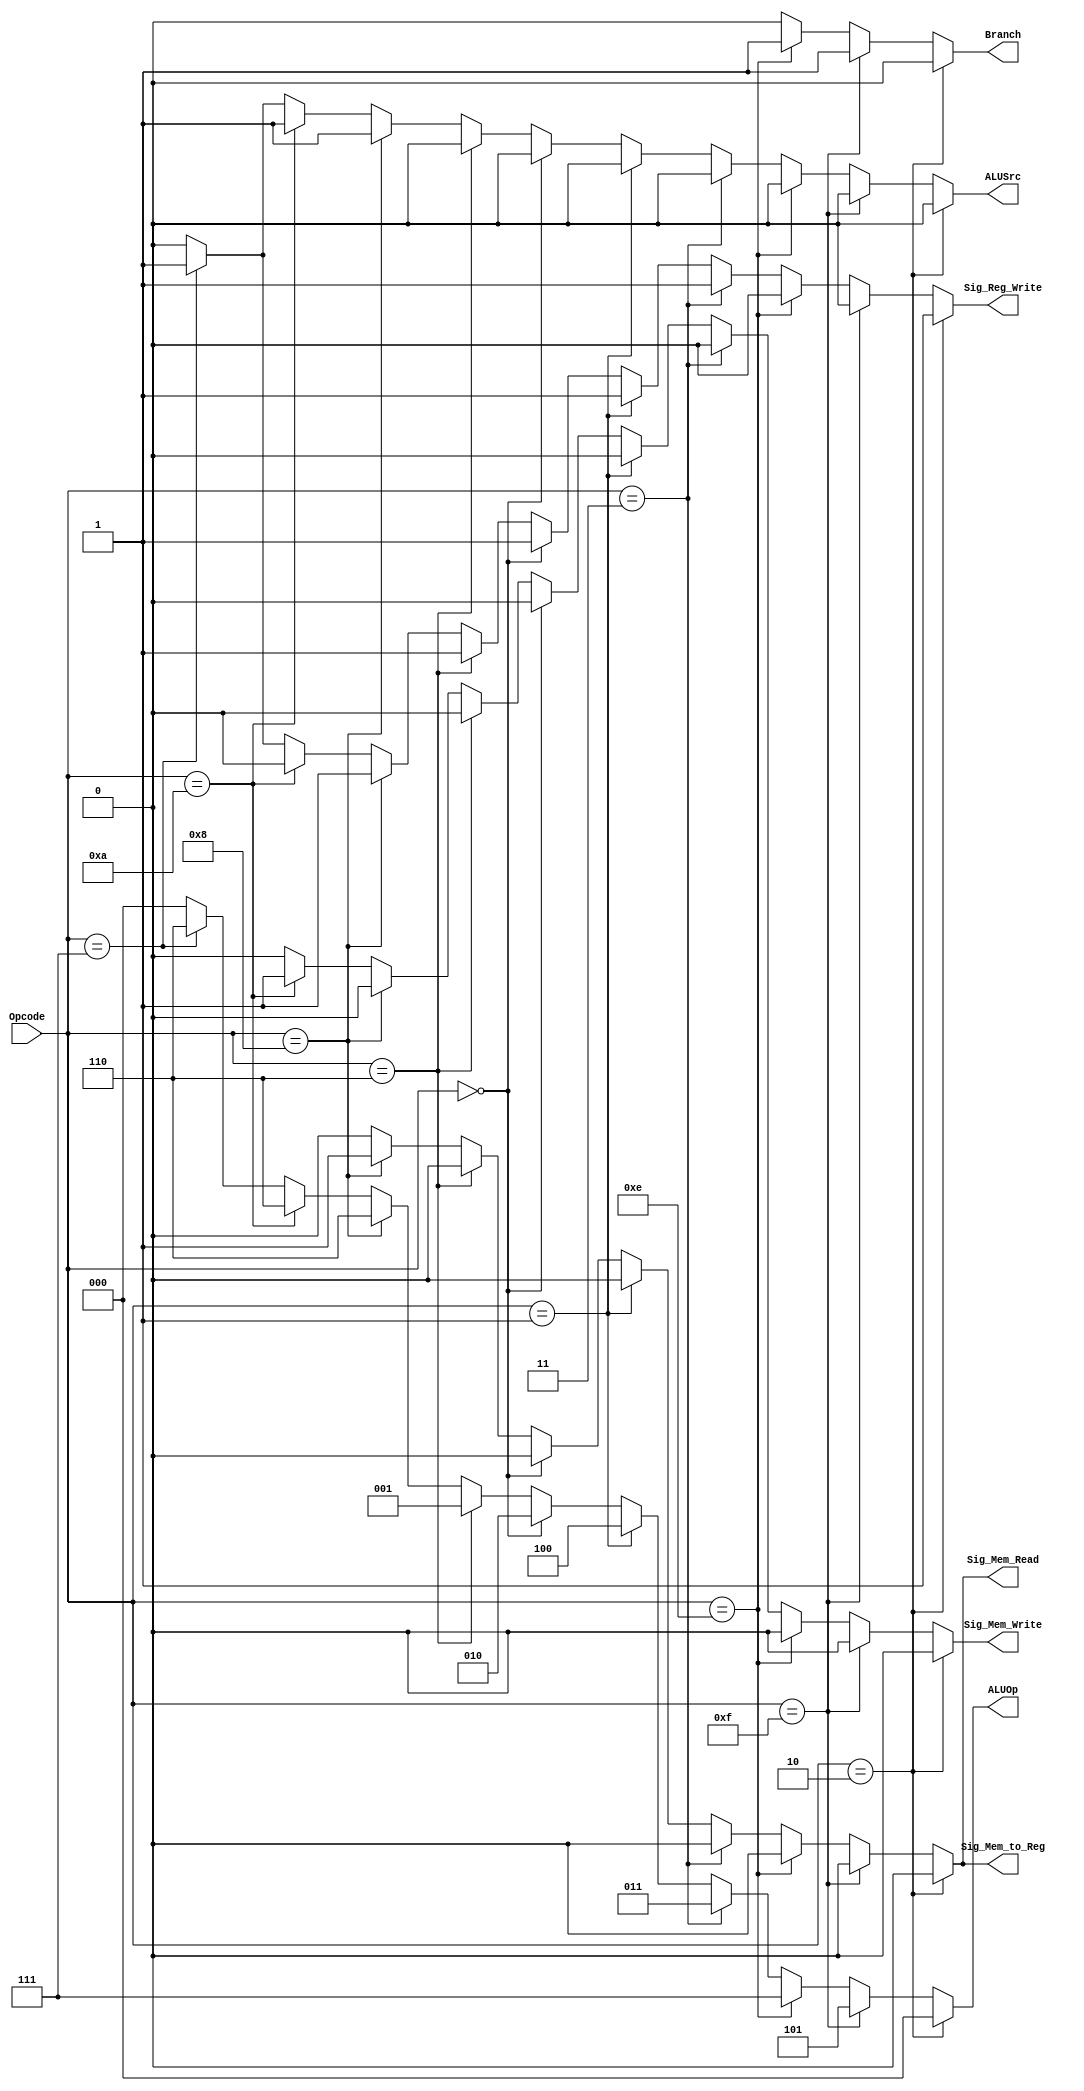
module CU(
  input [3:0] Opcode,
  output reg  Branch, //Branch 
              Sig_Mem_Read, //Data Memory Read Mode Selector(0->No Read, 1->Read)
              Sig_Mem_to_Reg, //Register write data source selector(0->ALUOut, 1->DataMemoryOut)
              Sig_Mem_Write, //Data Memory Write Mode Selector(0->No Write, 1->Write)
              ALUSrc, //Select the 2 nd i/p of the ALU (0->Register2, 1->SignExtendOut)
              Sig_Reg_Write, //set write data into Register file(0->Read, 1->Write)

  output reg [2:0] ALUOp
);
  
always @(Opcode) begin
    if (Opcode == 4'b0010)  // add
    begin
      Branch = 0;
      Sig_Mem_Read = 0;
      Sig_Mem_to_Reg = 0;
      Sig_Mem_Write = 0;
      ALUSrc = 0;
      Sig_Reg_Write = 1;
      ALUOp = 3'b000;
    end
    else if (Opcode == 4'b1111)  // jmp
    begin
      Branch = 1;
      Sig_Mem_Read = 0;
      Sig_Mem_to_Reg = 0;
      Sig_Mem_Write = 0;
      ALUSrc = 0;
      Sig_Reg_Write = 0;
      ALUOp = 3'b101;
    end
    else if (Opcode == 4'b1110)  // bne
    begin
      Branch = 1;
      Sig_Mem_Read = 0;
      Sig_Mem_to_Reg = 0;
      Sig_Mem_Write = 0;
      ALUSrc = 0;
      Sig_Reg_Write = 0;
      ALUOp = 3'b111;
    end
    else if (Opcode == 4'b0011)  // not
    begin
      Branch = 0;
      Sig_Mem_Read = 0;
      Sig_Mem_to_Reg = 0;
      Sig_Mem_Write = 0;
      ALUSrc = 0;
      Sig_Reg_Write = 1;
      ALUOp = 3'b011;
    end
    else if (Opcode == 4'b0001)  // or
    begin
      Branch = 0;
      Sig_Mem_Read = 0;
      Sig_Mem_to_Reg = 0;
      Sig_Mem_Write = 0;
      ALUSrc = 0;
      Sig_Reg_Write = 1;
      ALUOp = 3'b100;
    end
    else if (Opcode == 4'b0000)  // and 
    begin
      Branch = 0;
      Sig_Mem_Read = 0;
      Sig_Mem_to_Reg = 0;
      Sig_Mem_Write = 0;
      ALUSrc = 0;
      Sig_Reg_Write = 1;
      ALUOp = 3'b010;
    end
    else if (Opcode == 4'b0110)  // sub
    begin
      Branch = 0;
      Sig_Mem_Read = 0;
      Sig_Mem_to_Reg = 0;
      Sig_Mem_Write = 0;
      ALUSrc = 0;
      Sig_Reg_Write = 1;
      ALUOp = 3'b001;
    end
    else if (Opcode == 4'b1000)  // ld
    begin
      Branch = 0;
      Sig_Mem_Read = 1;
      Sig_Mem_to_Reg = 1;
      Sig_Mem_Write = 0;
      ALUSrc = 1;
      Sig_Reg_Write = 1;
      ALUOp = 3'b110;
    end
    else if (Opcode == 4'b1010)  // sd
    begin
      Branch = 0;
      Sig_Mem_Read = 0;
      Sig_Mem_to_Reg = 0;
      Sig_Mem_Write = 1;
      ALUSrc = 1;
      Sig_Reg_Write = 0;
      ALUOp = 3'b110;
    end
    else if (Opcode == 4'b0111)  // ldi
    begin
      Branch = 0;
      Sig_Mem_Read = 0;
      Sig_Mem_to_Reg = 0;
      Sig_Mem_Write = 0;
      ALUSrc = 1;
      Sig_Reg_Write = 1;
      ALUOp = 3'b110;
    end
    else begin  //default - nop
      Branch = 0;
      Sig_Mem_Read = 0;
      Sig_Mem_to_Reg = 0;
      Sig_Mem_Write = 0;
      ALUSrc = 0;
      Sig_Reg_Write = 0;
      ALUOp = 3'b000;
    end
  end
endmodule